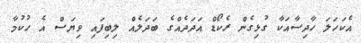
އެކަހަލަ ހާދިސާއަކާ ގުޅިގެން ރެކޯޑް އަދަދެއްގެ ބަދަލެއް ލިބިފައި ވިޔަސް އެ ހުކުމާ